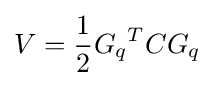
V={1 \over 2}{G_{q}}^{T}CG_{q}